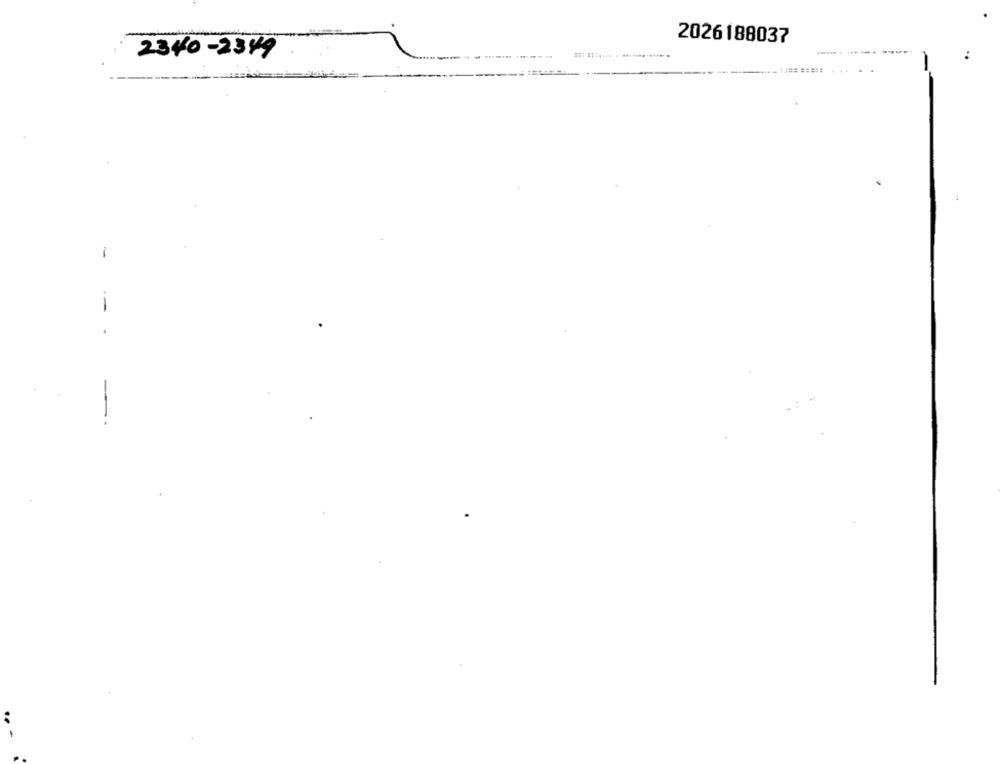
2026188037
2340-2349
---
----
-
--
-
..